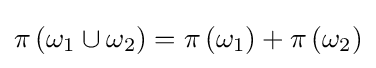
\pi \left(\omega _{1}\cup \omega _{2}\right)=\pi \left(\omega _{1}\right)+\pi \left(\omega _{2}\right)